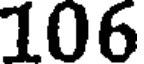
106